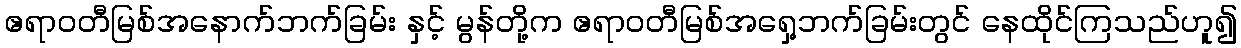
ဧရာဝတီမြစ်အနောက်ဘက်ခြမ်း နှင့် မွန်တို့က ဧရာဝတီမြစ်အရှေ့ဘက်ခြမ်းတွင် နေထိုင်ကြသည်ဟူ၍